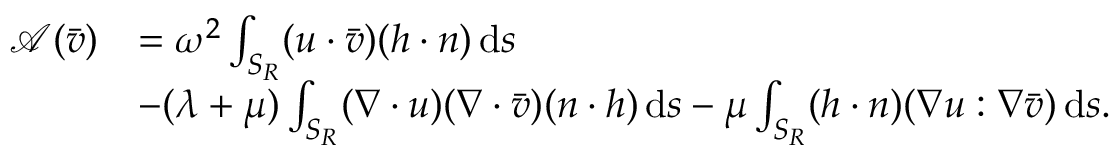
\begin{array} { r l } { \mathcal { A } ( \bar { v } ) } & { = \omega ^ { 2 } \int _ { S _ { R } } ( u \cdot \bar { v } ) ( h \cdot n ) \, \mathrm { d } s } \\ & { - ( \lambda + \mu ) \int _ { S _ { R } } ( \nabla \cdot u ) ( \nabla \cdot \bar { v } ) ( n \cdot h ) \, \mathrm { d } s - \mu \int _ { S _ { R } } ( h \cdot n ) ( \nabla u : \nabla \bar { v } ) \, \mathrm { d } s . } \end{array}